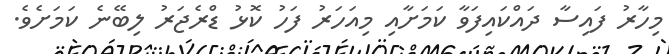
މިހާރު ފައިސާ ދައްކައިފަވާ ކަމަށާއި މިއަހަރު ފަހު ކޮޅު ޑްރެޖަރު ލިބޭނެ ކަމަށެވެ.